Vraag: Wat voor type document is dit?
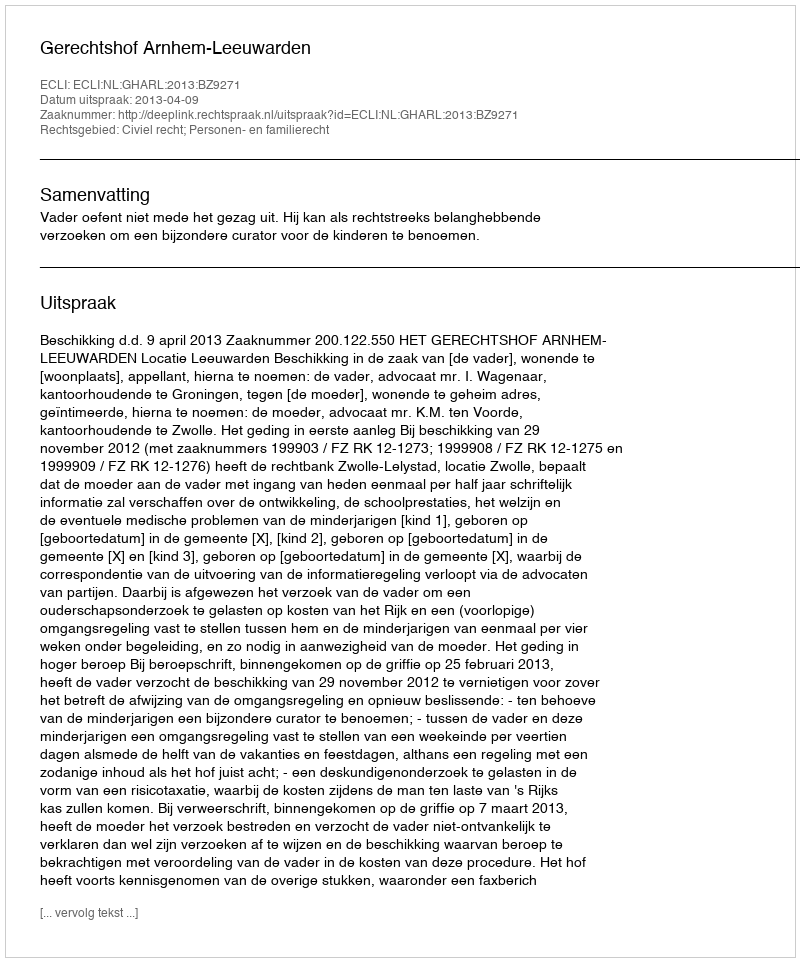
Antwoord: Uitspraak